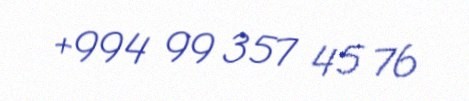
+994 99 357 45 76